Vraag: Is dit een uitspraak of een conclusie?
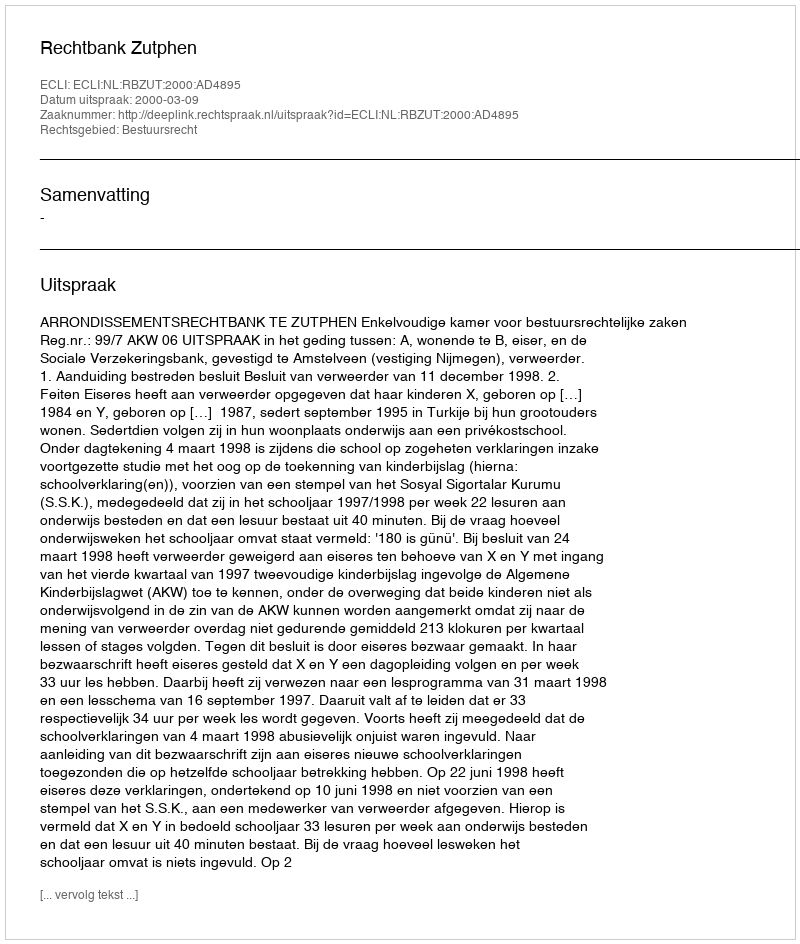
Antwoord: Uitspraak